Document type: Emphyteutic lease
Year: 1333
Scribe: Berenguer Simó
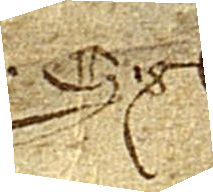
Sig